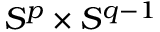
S ^ { p } \times S ^ { q - 1 }